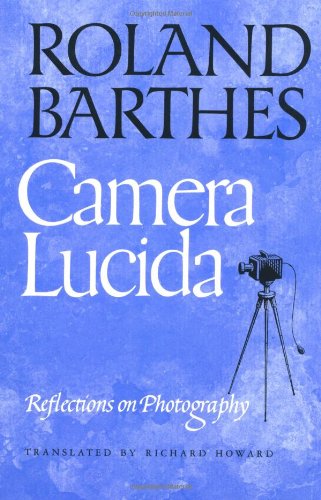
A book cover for Camera Lucida: Reflections on Photography; Roland Barthes; Arts & Photography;